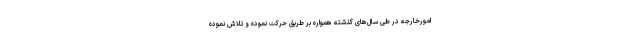
امورخارجه در طی سال‌های گذشته همواره بر طریق حرکت نموده و تلاش نموده